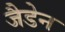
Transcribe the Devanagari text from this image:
जैडेन